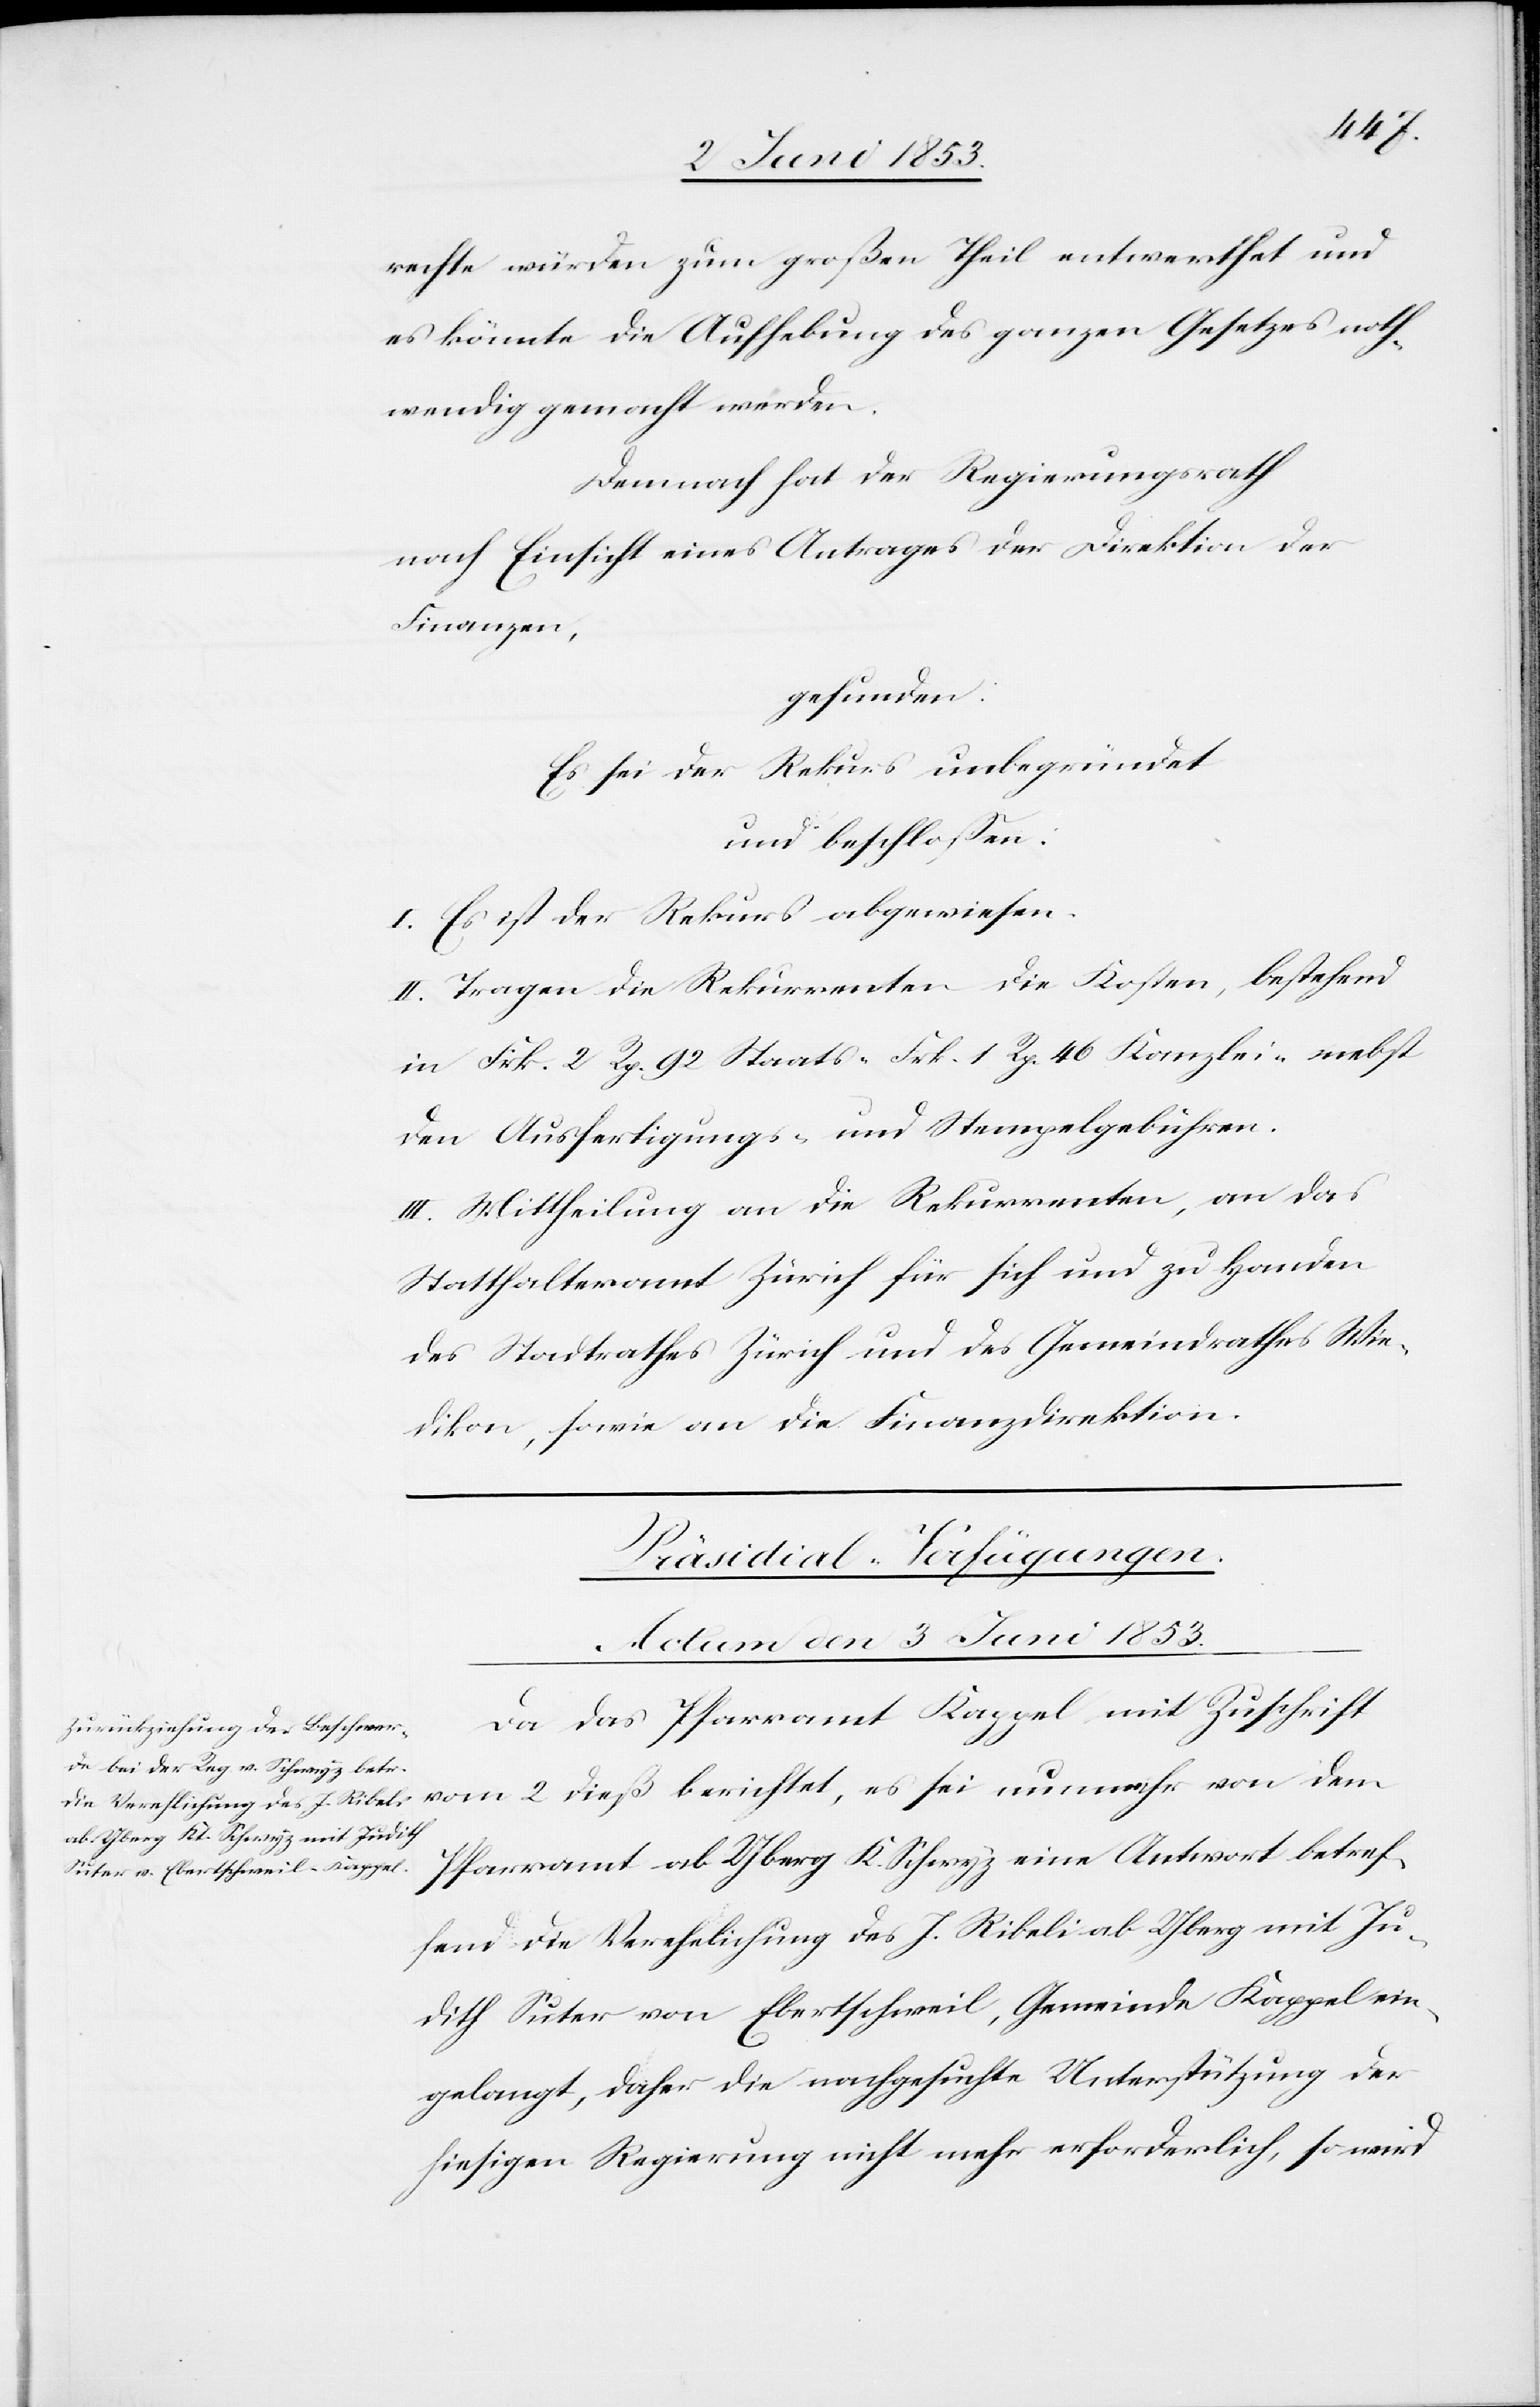
rechte würden zum großen Theil entwerthet und
es könnte die Aufhebung des ganzen Gesetzes noth¬
wendig gemacht werden.
Demnach hat der Regierungsrath
nach Einsicht eines Antrages der Direktion der
Finanzen,
gefunden:
Es sei der Rekurs unbegründet
und beschloßen:
I. Es ist der Rekurs abgewiesen.
II. Tragen die Rekurrenten die Kosten, bestehend
in Frk. 2 Rp. 92 Staats- Frk. 1 Rp. 46 Kanzlei- nebst
den Ausfertigungs- u. Stempelgebühren.
III. Mittheilung an die Rekurrenten, an das
Statthalteramt Zürich für sich und zu Handen
des Stadtrathes Zürich und des Gemeindrathes Wie¬
dikon, sowie an die Finanzdirektion.
Präsidial-Verfügungen.
Actum den 3 Juni 1853
Da das Pfarramt Kappel mit Zuschrift
Pfarramt ab Yberg K. Schwyz eine Antwort betref¬
fend die Verehelichung des J. Ribeli ab Yberg mit Ju¬
dith Suter von Ebertschweil, Gemeinde Kappel ein¬
gelangt, daher die nachgesuchte Unterstützung der
hiesigen Regierung nicht mehr erforderlich, so wird